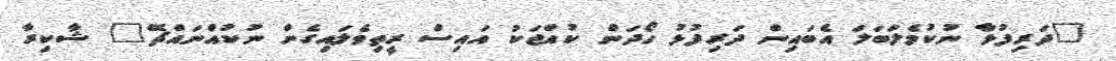
"ދަރިފުޅާ ނުކުމެލަބަލަ އެބައިން ދަރިފުޅު ހޯދަން ކުއްޖަކު އައިސް ރީތިވެލައިގެން ނުކުއްނައްޗޭ" ޝާކިރާ